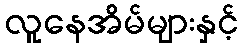
လူနေအိမ်များနှင့်